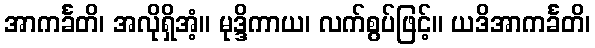
အာကင်္ခတိ၊ အလိုရှိအံ့။ မုဒ္ဒိကာယ၊ လက်စွပ်ဖြင့်။ ယဒိအာကင်္ခတိ၊